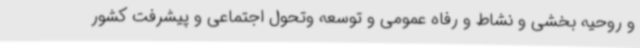
و روحیه بخشی و نشاط و رفاه عمومی و توسعه وتحول اجتماعی و پیشرفت کشور